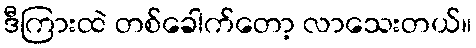
ဒီကြားထဲ တစ်ခေါက်တော့ လာသေးတယ်။